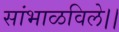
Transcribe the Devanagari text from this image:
सांभाळविले।।